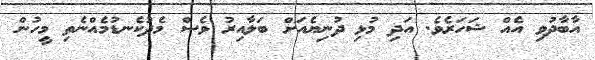
އާބާދުވި އެއް ޝަހަރެވެ. އަދި މުޅި ދުނިޔެއަށް ބަލާއިރު ވެސް މެދުކެނޑުމެއްނެތި މީހުން